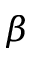
\beta